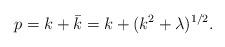
LaTeX: \begin{align*}p=k +\bar k=k +(k^2 +\lambda)^{1/2}.\end{align*}